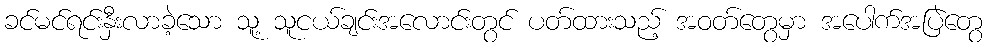
ခင်မင်ရင်းနှီးလာခဲ့သော သူ့ သူငယ်ချင်းအလောင်းတွင် ပတ်ထားသည့် အဝတ်တွေမှာ အပေါက်အပြဲတွေ